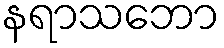
နရာသဘော